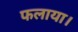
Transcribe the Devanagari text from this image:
फलाया।